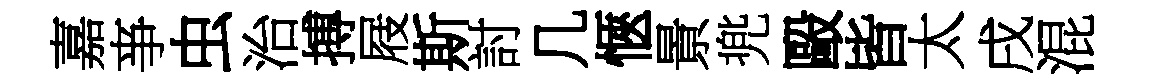
嘉亊虫治搏屐斯討几愜㬌兠毆皆太戌混